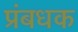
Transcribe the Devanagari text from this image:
प्रंबधक